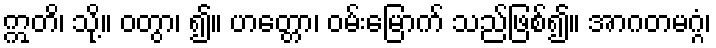
ဣတိ၊ သို့။ ဝတွာ၊ ၍။ ဟတ္တော၊ ဝမ်းမြောက် သည်ဖြစ်၍။ အာဂတမဂ္ဂံ၊